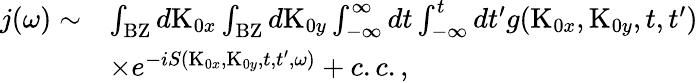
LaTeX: \begin{array}{rl}{\textit{j}(\omega)\sim}&{\int_{\textrm{BZ}}d\textrm{K}_{0x}\int_{\textrm{BZ}}d\textrm{K}_{0y}\int_{-\infty}^{\infty}dt\int_{-\infty}^{t}dt^{\prime}g(\textrm{K}_{0x},\textrm{K}_{0y},t,t^{\prime})}\\ &{\times e^{-iS(\textrm{K}_{0x},\textrm{K}_{0y},t,t^{\prime},\omega)}+c.c.,}\end{array}